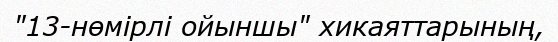
"13-нөмірлі ойыншы" хикаяттарының,